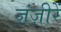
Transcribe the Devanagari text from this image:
ज़ंज़ीरें